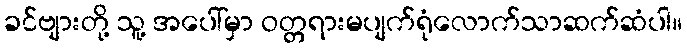
ခင်ဗျားတို့ သူ့ အပေါ်မှာ ဝတ္တရားမပျက်ရုံလောက်သာဆက်ဆံပါ။